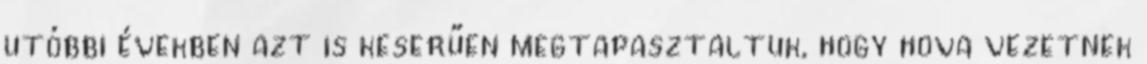
utóbbi években azt is keserűen megtapasztaltuk, hogy hova vezetnek